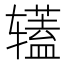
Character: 𰺡